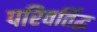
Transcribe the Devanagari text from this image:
परिवर्तिद्ध